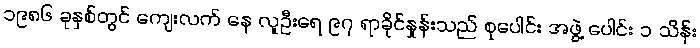
၁၉၈၆ ခုနှစ်တွင် ကျေးလက် နေ လူဦးရေ ၉၇ ရာခိုင်နှုန်းသည် စုပေါင်း အဖွဲ့ ပေါင်း ၁ သိန်း